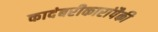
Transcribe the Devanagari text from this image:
कादंबरीकारांपैकी